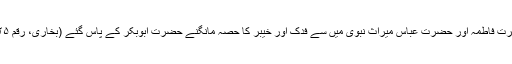
حضرت فاطمہ اور حضرت عباس میراث نبوی میں سے فدک اور خیبر کا حصہ مانگنے حضرت ابوبکر کے پاس گئے (بخاری، رقم ۶۷۲۵۔